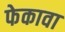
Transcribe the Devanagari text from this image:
फेकावा